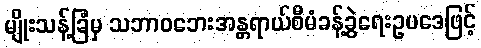
မျိုးသန့်ခြံမှ သဘာဝဘေးအန္တရာယ်စီမံခန့်ခွဲရေးဥပဒေဖြင့်